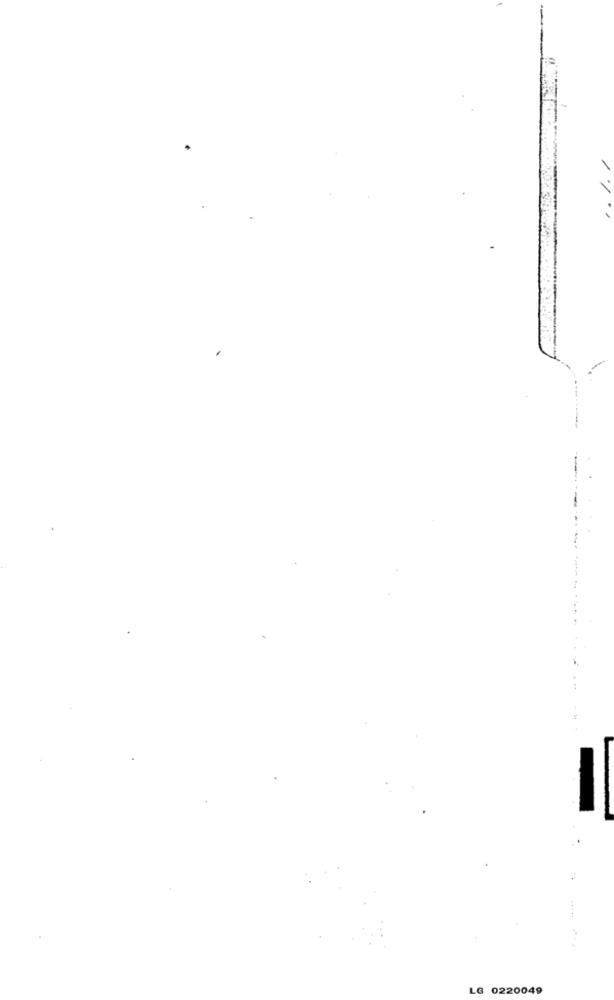
-
LG 0220049